Indian journal of veterinary science and animal husbandry - Volume 1,
Year: 1931
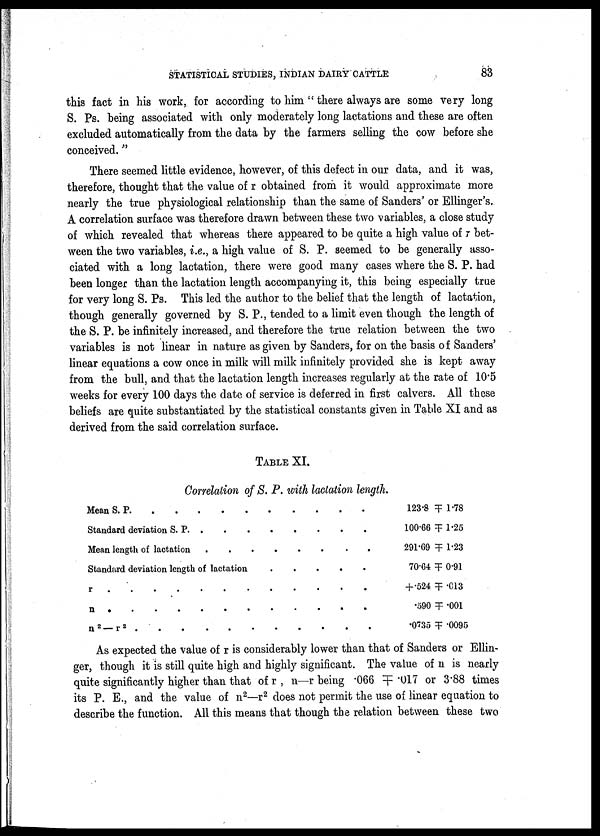
STATISTICAL STUDIES, INDIAN DAIRY CATTLE
83
this fact in his work, for according to him " there always are some very long
S. Ps. being associated with only moderately long lactations and these are often
excluded automatically from the data by the farmers selling the cow before she
conceived."
There seemed little evidence, however, of this defect in our data, and it was,
therefore, thought that the value of r obtained from it would approximate more
nearly the true physiological relationship than the same of Sanders' or Ellinger's.
A correlation surface was therefore drawn between these two variables, a close study
of which revealed that whereas there appeared to be quite a high value of r bet
ween the two variables, i.e., a high value of S. P. seemed to be generally asso
ciated with a long lactation, there were good many cases where the S. P. had
been longer than the lactation length accompanying it, this being especially true
for very long S. Ps. This led the author to the belief that the length of lactation,
though generally governed by S. P., tended to a limit even though the length of
the S. P. be infinitely increased, and therefore the true relation between the two
variables is not linear in nature as given by Sanders, for on the basis of Sanders'
linear equations a cow once in milk will milk infinitely provided she is kept away
from the bull, and that the lactation length increases regularly at the rate of 10.5
weeks for every 100 days the date of service is deferred in first calvers. All these
beliefs are quite substantiated by the statistical constants given in Table XI and as
derived from the said correlation surface.
TABLE XI.
Correlation of S. P. with lactation length.
Mean S. P.
Standard deviation S. P. . .
.
.
Mean length of lactation
....
Standard deviation length of lactation
r
n
.
n 2 —
r 2
.
.
.
.
.
.
.
123.8 ╤ 1.78
100.66 ╤ 1.25
291.69 ╤ 1.23
70.64 ╤ 0.91
+.524 ╤ .013
.590 ╤ .001
.0735 ╤ .0095
As expected the value of r is considerably lower than that of Sanders or Ellin¬
ger, though it is still quite high and highly significant. The value of n is nearly
quite significantly higher than that of r , n—r being .066 ╤ .017 or 3.88 times
its P. E., and the value of n 2 —r 2 does not permit the use of linear equation to
describe the function. All this means that though the relation between these two